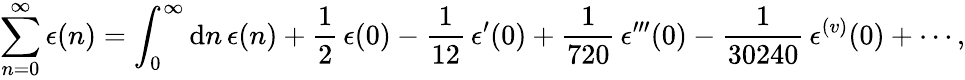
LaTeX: \sum_{n=0}^{\infty}\epsilon(n)=\int_{0}^{\infty}{\mathrm{d}n}\, \epsilon(n)+{\frac{{1}}{{2}}}\, \epsilon(0)-{\frac{{1}}{{12}}}\, \epsilon^{\prime}(0)+{\frac{{1}}{{720}}}\, \epsilon^{\prime\prime\prime}(0)-{\frac{{1}}{{30240}}}\, \epsilon^{(v)}(0)+\cdots,